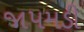
જાપમડી